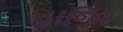
હાજિર